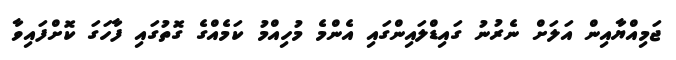
ޖަމިއްޔާއިން އަލަށް ނެރުނު ގައިޑްލައިންގައި އެންމެ މުހިއްމު ކަމެއްގެ ގޮތުގައި ފާހަގަ ކޮށްފައިވާ